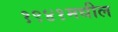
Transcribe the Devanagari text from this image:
१९४१मधील